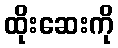
ထိုးဆေးကို